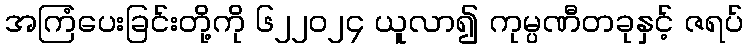
အကြံပေးခြင်းတို့ကို ၆၂၂၀၂၄ ယူလာ၍ ကုမ္ပဏီတခုနှင့် ဇရပ်